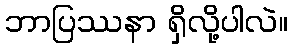
ဘာပြဿနာ ရှိလို့ပါလဲ။